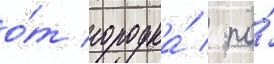
о́т городка́ / по́